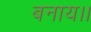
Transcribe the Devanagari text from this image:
बनाय।।